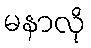
မနာလို